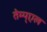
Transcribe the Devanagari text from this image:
तेम्प्एल